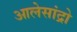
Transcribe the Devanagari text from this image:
आलेसांद्रो